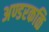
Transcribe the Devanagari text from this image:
अण्डरकळि